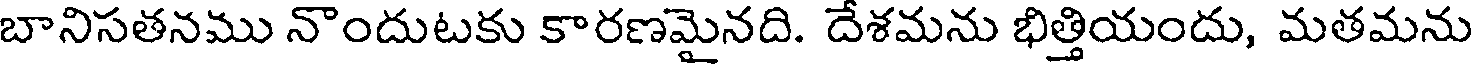
బానిసతనము నొందుటకు కారణమైనది. దేశమను భిత్తియందు, మతమను